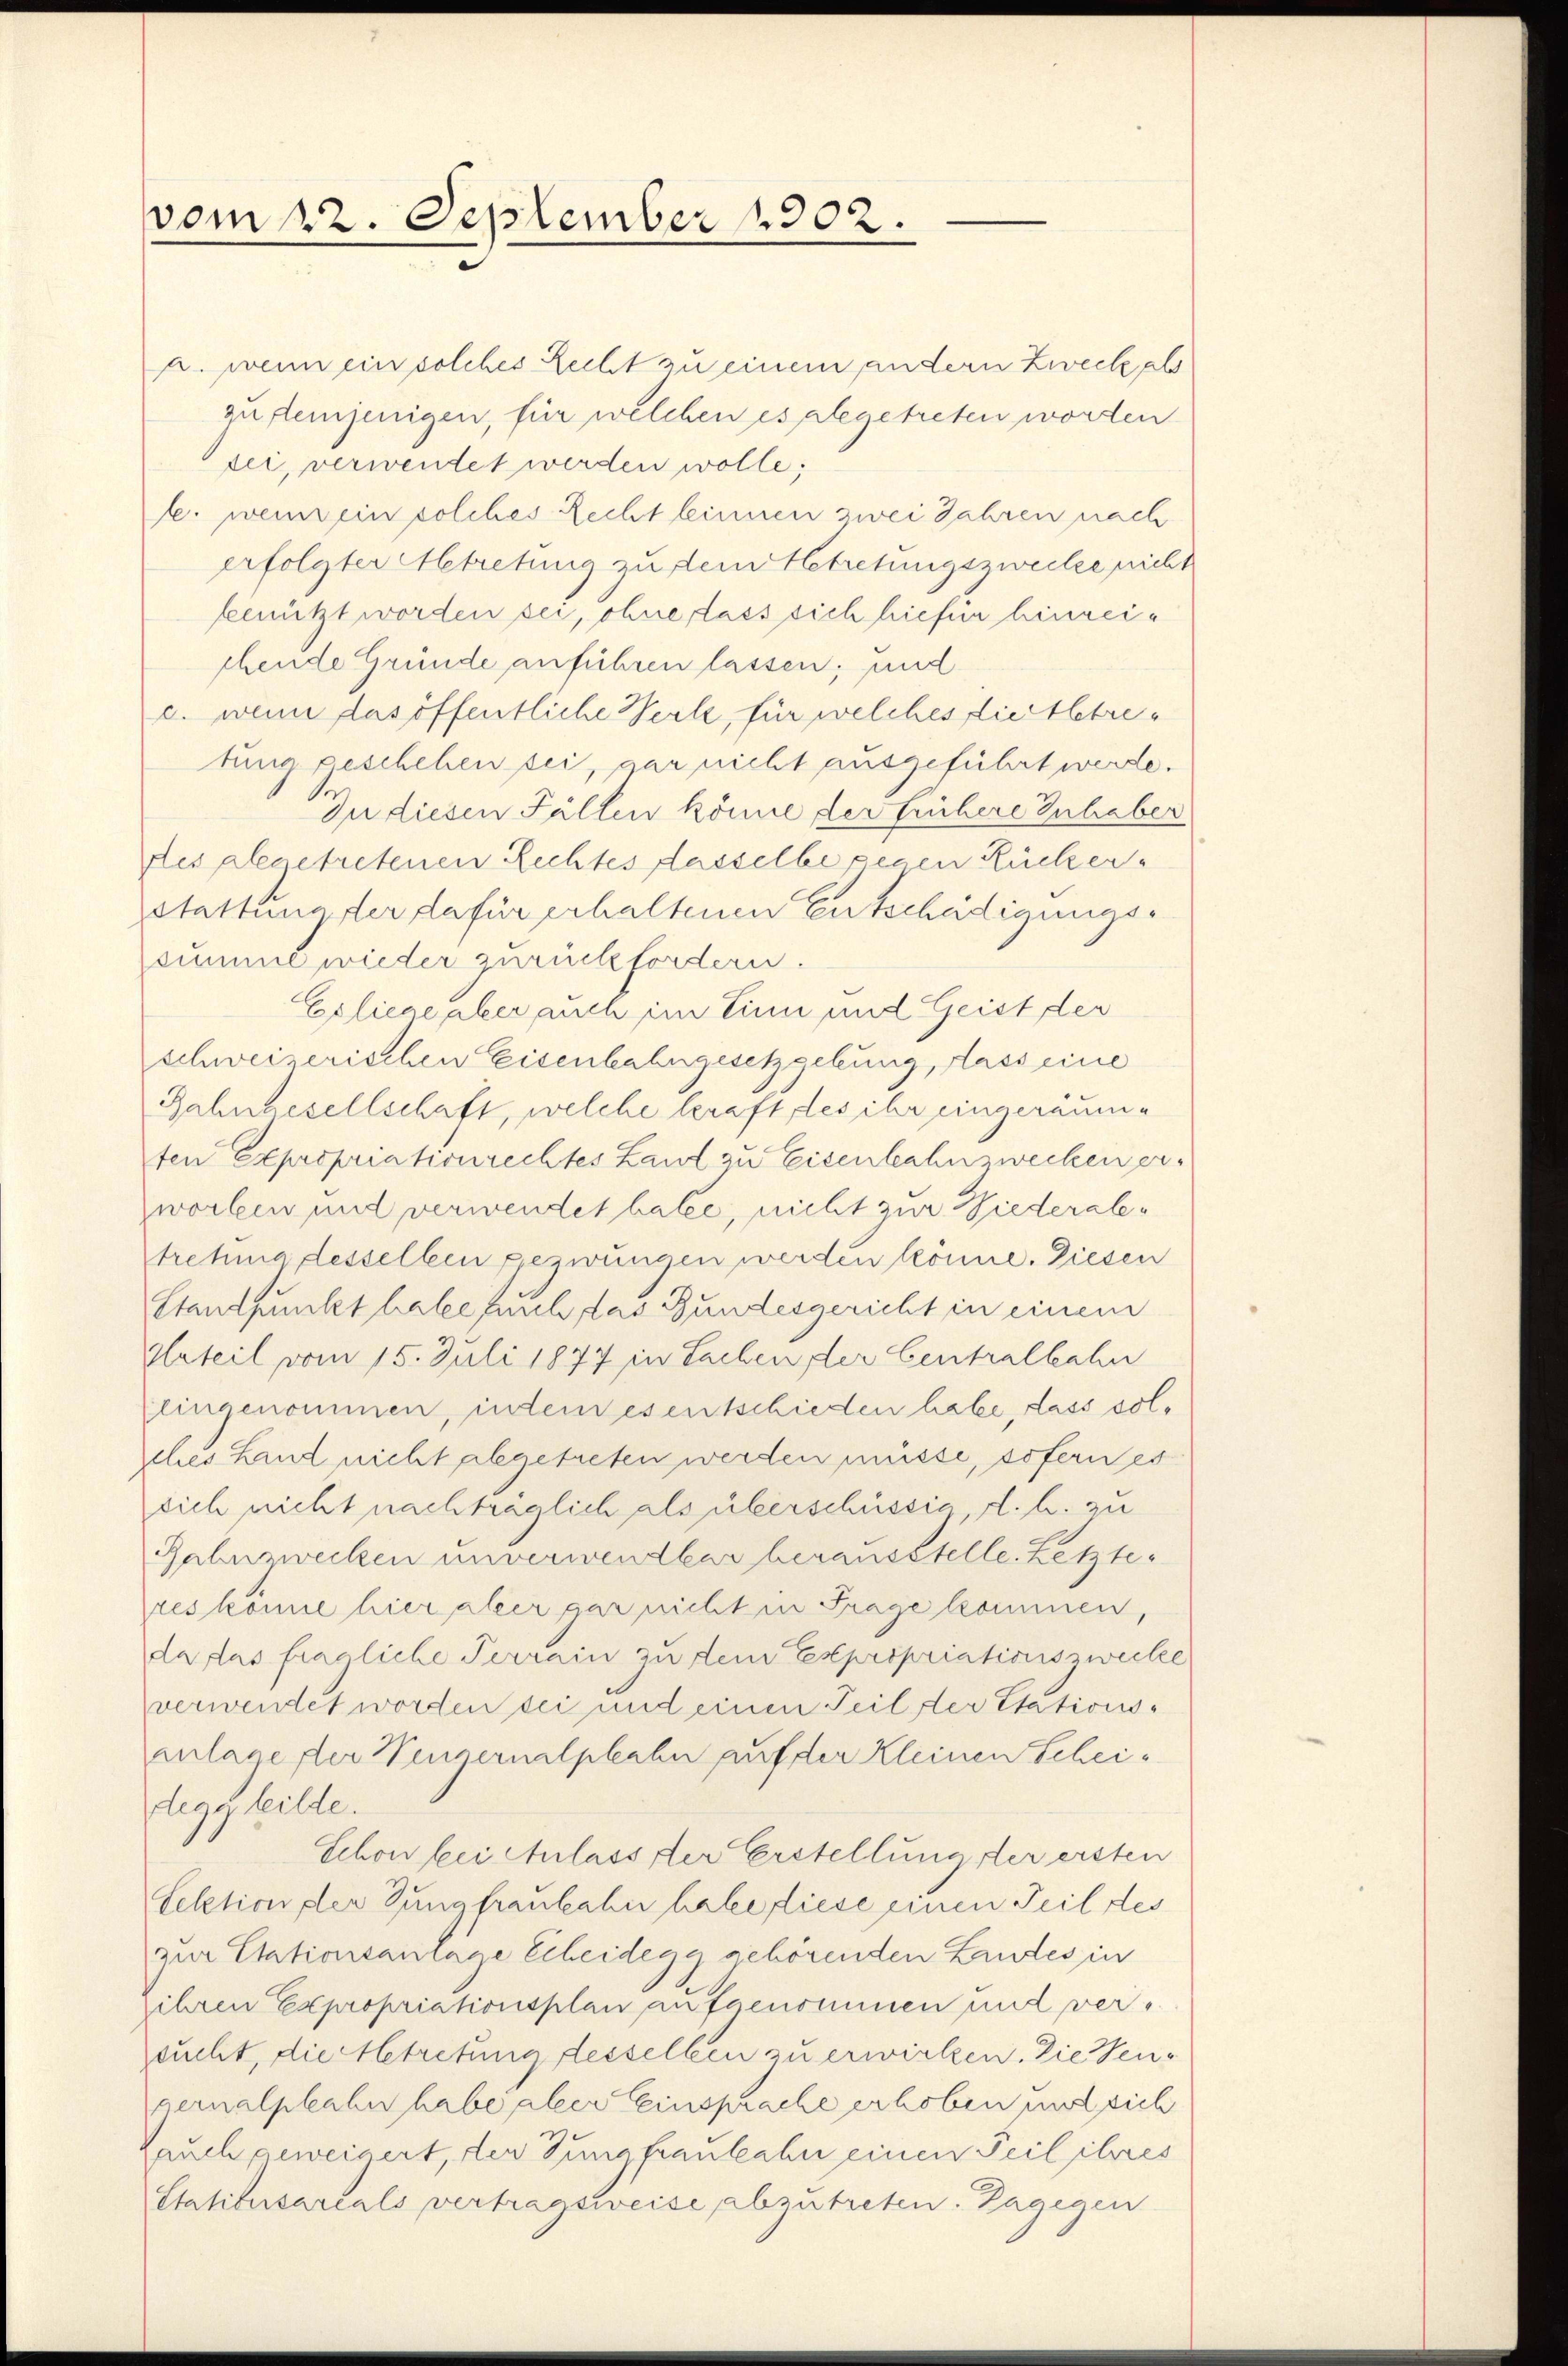
vom 22. September 1902.

u. wenn ein solches Recht zu einem andern Zweck als
zu demjenigen, für welchen es abgetreten worden
tei, verwendet werden wolle;
l. wenn ein solches Recht linnen zwei Jahren nach
erfolgter Abtretung zu dem Betretungszwecke nicht
benützt worden sei, ohne dass sich hiefür hinreichende Gründe anführen lassen; und
c. wenn das öffentliche Werk, für welches diertbetretung geschehen sei, gar nicht ausgeführt werde.
In diesen Fällen könne der frühere Inhaber
des abgetretenen Rechtes Kasselbe gegen Rücker.
Stattungster dafür erhaltenen Entschädigungssumme wieder zurückfordern.
Exliege aber auch im Sinn und Geist der
schweizerischen Eisenbahngeschiebung, dass eine
Jahngesellschaft, welche heraft des ihr eingeräumten Expropriationrechtes Land zu Eisenbahn zwecken erworben und verwendet halte, nicht zur Niederaletretung desselben gezwungen werden könne. Diesen
Standpunkt habe such das Bundesgericht in einem
Urteil vom 15. Juli 1874 in Sachen der Centralbahn
eingenommen, indem es entschieden habe, dass solches Hand nicht abgetreten werden müsse, sofern es
sich nicht nachträglich als überschüssig d. h. zu
Rahnzwecken unverwendbar herausstelle. Letzter
res könne hier aber gar nicht in Frage kommen,
da das fragliche Terrain zu dein Expropriationszwecke
verwendet worden sei und einen Teil der Etationsanlage der Neuzernalphahn auf der Kleinen Scheidegy teilte.
Schon bei Anlass der Erstellung der ersten
Lektion der Jungfraukahn habe diese einen Teil des
zur Etationsanlage Scheidegg gehörenden Landes in
ihren Expropriationsplan aufgenommen und versucht, die betretung desselben zu erwirken. Die Sengernalphahn habe aber einsprache erhoben und sich
Lauch geweigert, der Jungfraulahn einen Teil ihres
Statibusareals vertragsweise abzutreten. Dagegen